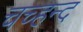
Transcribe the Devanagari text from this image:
चच्हन्द